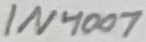
Text: 1N4007